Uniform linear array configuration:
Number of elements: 12
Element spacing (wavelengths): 1
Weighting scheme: exponential
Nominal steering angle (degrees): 60
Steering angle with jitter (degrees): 59.938
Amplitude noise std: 0.05
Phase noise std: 0.05

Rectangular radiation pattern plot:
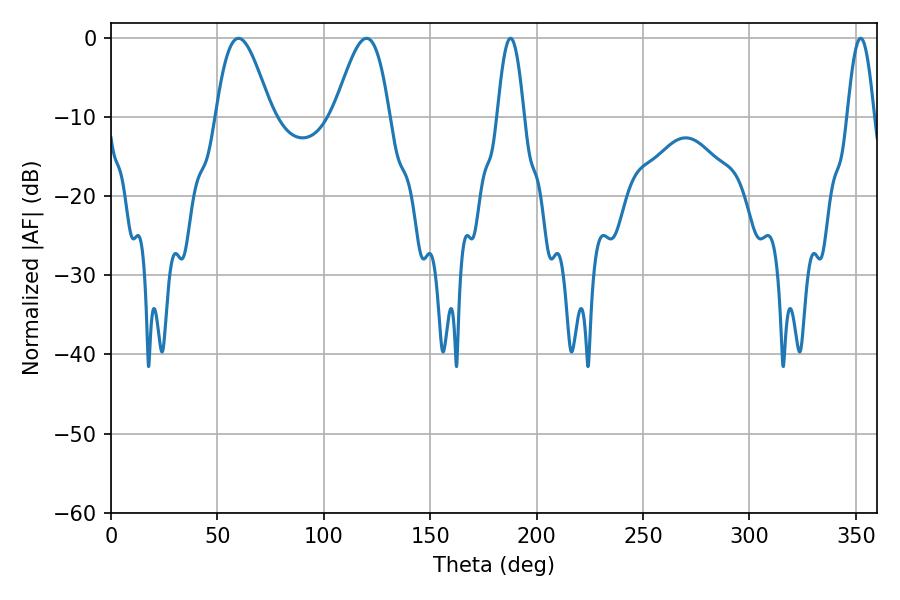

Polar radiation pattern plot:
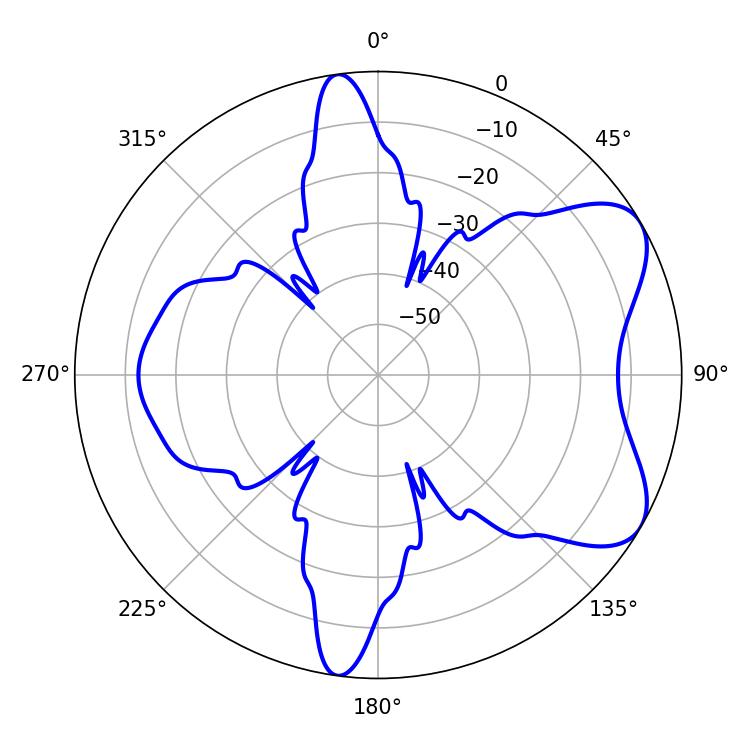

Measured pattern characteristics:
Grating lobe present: TRUE
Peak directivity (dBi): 6.67
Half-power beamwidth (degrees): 6.84
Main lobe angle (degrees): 187.74